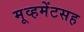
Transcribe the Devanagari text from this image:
मूव्हमेंटसह